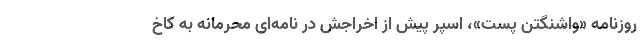
روزنامه «واشنگتن پست»، اسپر پیش از اخراجش در نامه‌ای محرمانه به کاخ